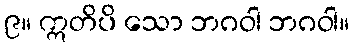
၉။ ဣတိပိ သော ဘဂဝါ ဘဂဝါ။